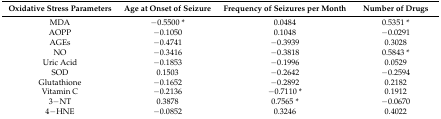
| Oxidative Stress Parameters | Age at Onset of Seizure | Frequency of Seizures per Month | Number of Drugs |
 | --- | --- | --- | --- |
 | MDA | −0.5500 * | 0.0484 | 0.5351 * |
 | AOPP | −0.1050 | 0.1048 | −0.0291 |
 | AGEs | −0.4741 | −0.3939 | 0.3028 |
 | NO | −0.3416 | −0.3818 | 0.5843 * |
 | Uric Acid | −0.1853 | −0.1996 | 0.0529 |
 | SOD | 0.1503 | −0.2642 | −0.2594 |
 | Glutathione | −0.1652 | −0.2892 | 0.2182 |
 | Vitamin C | −0.2136 | −0.7110 * | 0.1912 |
 | 3−NT | 0.3878 | 0.7565 * | −0.0670 |
 | 4−HNE | −0.0852 | 0.3246 | 0.4022 |